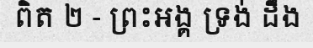
ពិត ២ - ព្រះអង្គ ទ្រង់ ដឹង